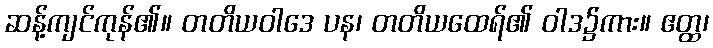
ဆန့်ကျင်ကုန်၏။ တတိယဝါဒေ ပန၊ တတိယထေရ်၏ ဝါဒ၌ကား။ ဧတ္ထ၊